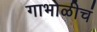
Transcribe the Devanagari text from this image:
गाभोळीचं